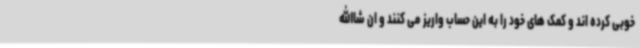
خوبی کرده اند و کمک های خود را به این حساب واریز می کنند و ان شاالله